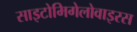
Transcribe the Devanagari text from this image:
साइटोमिगेलोवाइरस